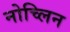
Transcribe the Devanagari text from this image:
नोच्लिन